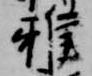
雅